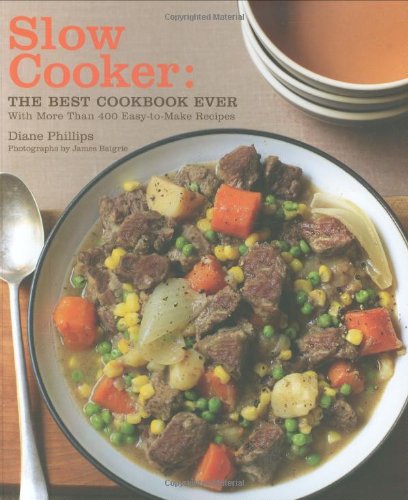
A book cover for Slow Cooker: The Best Cookbook Ever with More Than 400 Easy-to-Make Recipes; Diane Phillips; Cookbooks, Food & Wine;